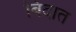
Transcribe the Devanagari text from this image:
बिंदात